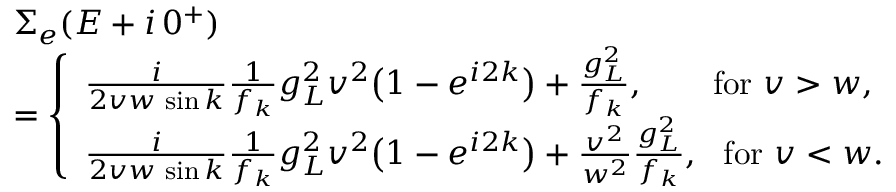
\begin{array} { r l } & { \Sigma _ { e } ( E + i \, 0 ^ { + } ) } \\ & { = \left\{ \begin{array} { l l } { \frac { i } { 2 v w \, \sin { k } } \frac { 1 } { f _ { k } } g _ { L } ^ { 2 } v ^ { 2 } \big ( 1 - e ^ { i 2 k } \big ) + \frac { g _ { L } ^ { 2 } } { f _ { k } } , ~ ~ ~ ~ ~ \mathrm { ~ f o r ~ } v > w , } \\ { \frac { i } { 2 v w \, \sin { k } } \frac { 1 } { f _ { k } } g _ { L } ^ { 2 } v ^ { 2 } \big ( 1 - e ^ { i 2 k } \big ) + \frac { v ^ { 2 } } { w ^ { 2 } } \frac { g _ { L } ^ { 2 } } { f _ { k } } , ~ \mathrm { ~ f o r ~ } v < w . } \end{array} \right. } \end{array}